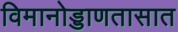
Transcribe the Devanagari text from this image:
विमानोड्डाणतासात